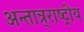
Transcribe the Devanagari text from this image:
अन्तान्र्राष्ट्रीय